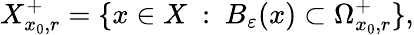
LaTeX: X_{x_{0},r}^{+}=\{ x\in X\ :\ B_{\varepsilon}(x)\subset\Omega_{x_{0},r}^{+}\} ,